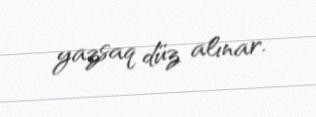
yazsaq düz alınar.